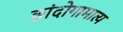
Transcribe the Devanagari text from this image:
छांदोगामात्य